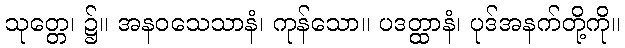
သုတ္တေ၊ ၌။ အနဝသေသာနံ၊ ကုန်သော။ ပဒတ္ထာနံ၊ ပုဒ်အနက်တို့ကို။